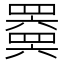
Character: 𬙩